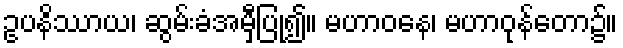
ဥပနိဿာယ၊ ဆွမ်းခံအမှီပြု၍။ မဟာဝနေ၊ မဟာဝုန်တော၌။